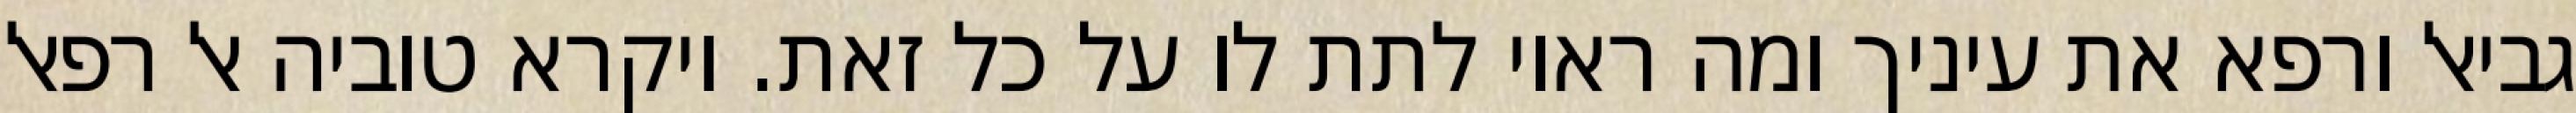
גביאל ורפא את עיניך ומה ראוי לתת לו על כל זאת. ויקרא טוביה אל רפאל